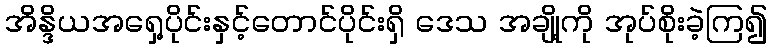
အိန္ဒိယအရှေ့ပိုင်းနှင့်တောင်ပိုင်းရှိ ဒေသ အချို့ကို အုပ်စိုးခဲ့ကြ၍